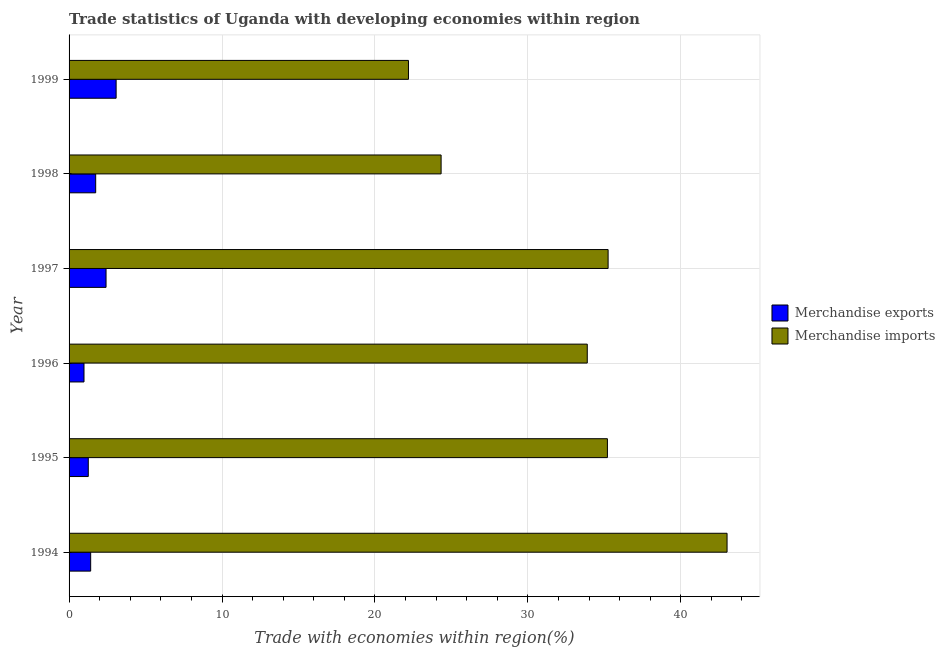
| Year | Merchandise exports | Merchandise imports |
 | --- | --- | --- |
 | 1994 | 1.41 | 43 |
 | 1995 | 1.26 | 35.2 |
 | 1996 | 0.976 | 33.9 |
 | 1997 | 2.42 | 35.2 |
 | 1998 | 1.74 | 24.3 |
 | 1999 | 3.08 | 22.2 |